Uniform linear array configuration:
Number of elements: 12
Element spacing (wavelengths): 0.5
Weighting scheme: cosine
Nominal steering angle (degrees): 30
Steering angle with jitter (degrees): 31.234
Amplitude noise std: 0.05
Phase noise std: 0.05

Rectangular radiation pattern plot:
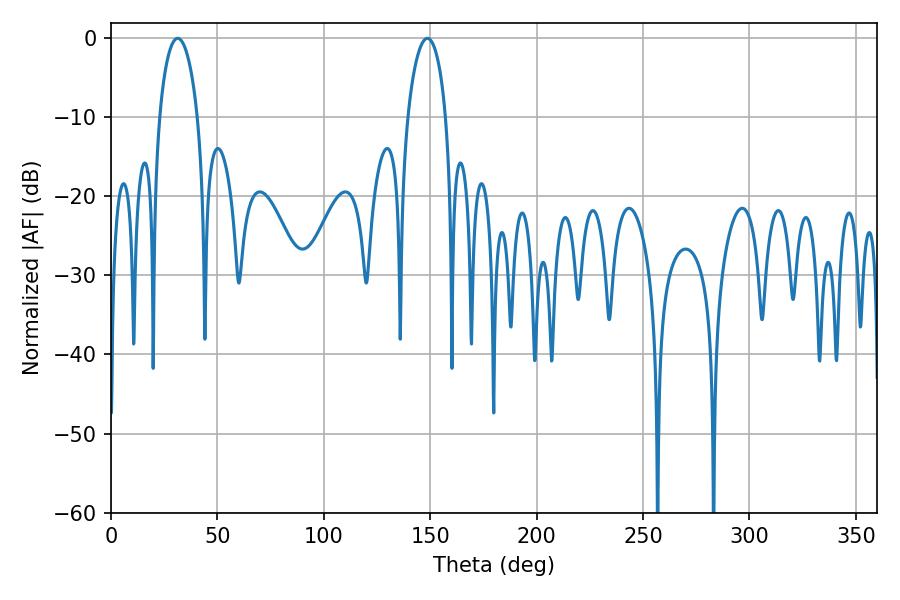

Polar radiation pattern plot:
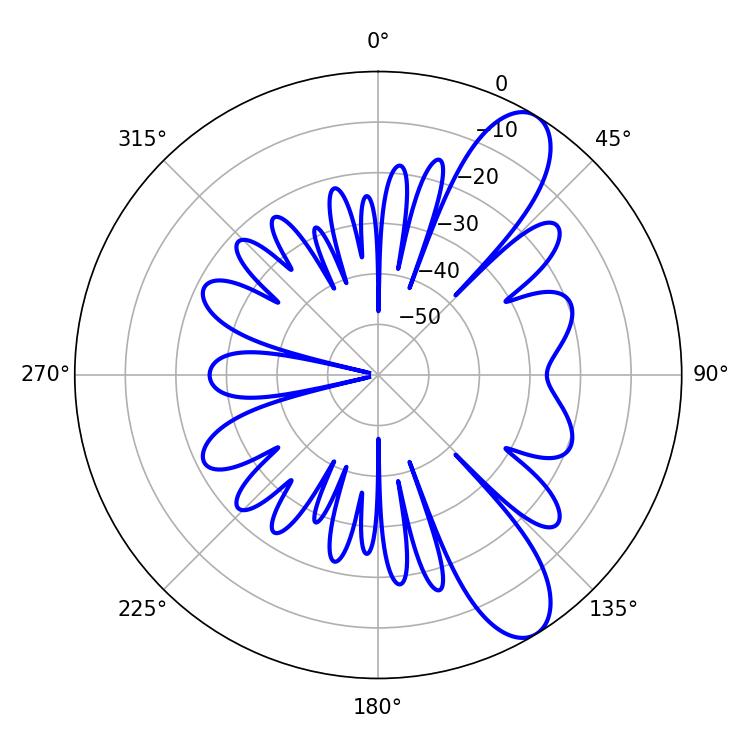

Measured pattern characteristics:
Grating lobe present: FALSE
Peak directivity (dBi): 9.881
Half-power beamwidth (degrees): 10.26
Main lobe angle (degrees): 31.32